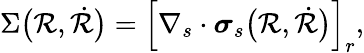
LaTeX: \Sigma\bigl(\mathcal{R},\dot{{\mathcal{R}}}\bigr)=\left[\nabla_{s}\cdot\boldsymbol{\sigma}_{s}\bigl(\mathcal{R},\dot{{\mathcal{R}}}\bigr)\right]_{r},